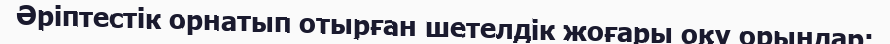
Әріптестік орнатып отырған шетелдік жоғары оқу орындар: